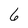
Character: 6